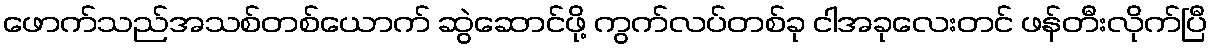
ဖောက်သည်အသစ်တစ်ယောက် ဆွဲဆောင်ဖို့ ကွက်လပ်တစ်ခု ငါအခုလေးတင် ဖန်တီးလိုက်ပြီ